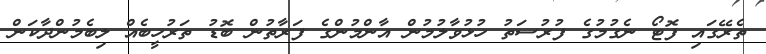
ތެރޭގައި ފޮޓޯ ނެގުމުގެ ފުރުސަތު ހުޅުވާލުމުން އާންމުންގެ ފަރާތުން ބޮޑު ތަރުހީބެއް ލިބެމުންދާކަން